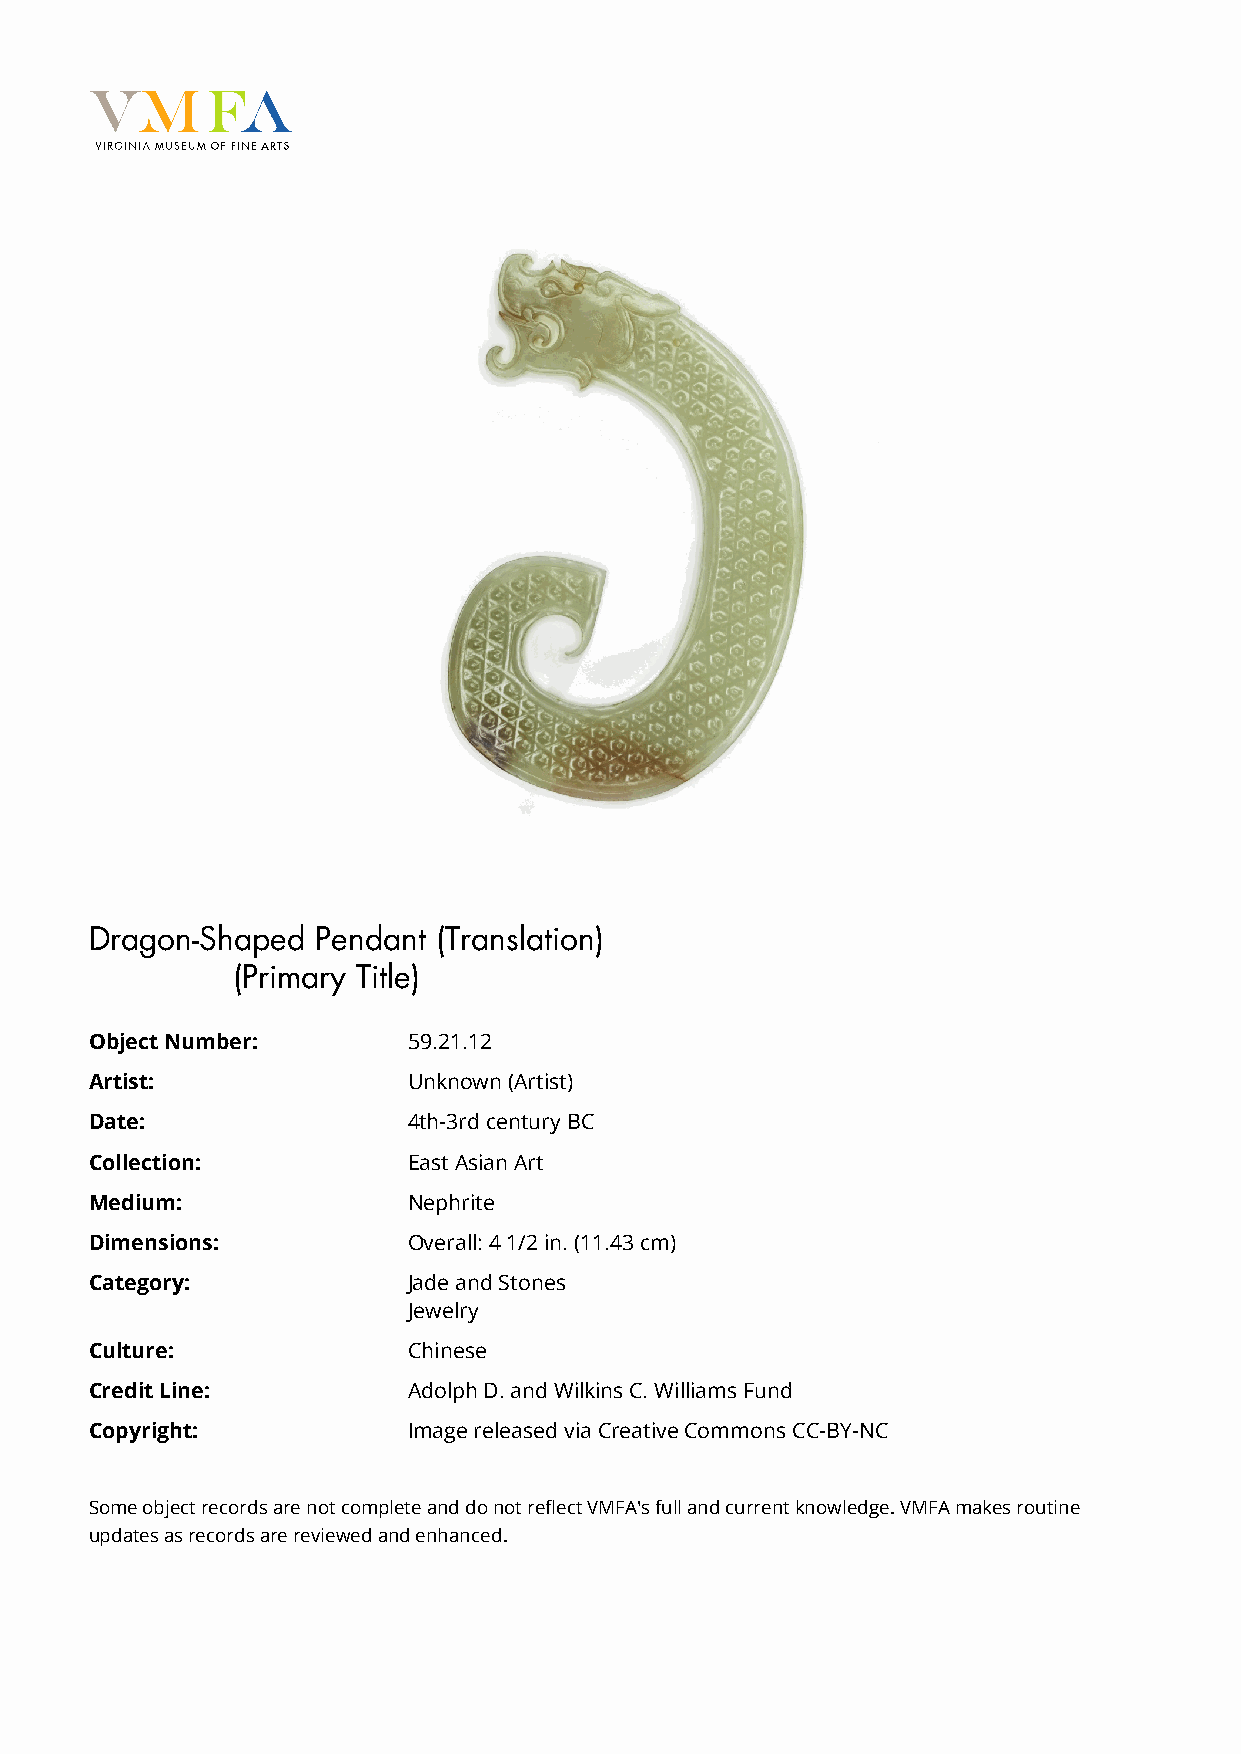
Dragon-Shaped  Pendant (Translation)
 东周   玉龍  (Primary Title)
 Object Number:       59.21.12
 Artist:              Unknown (Artist)
 Date:                4th-3rd century BC
 Collection:          East Asian Art
 Medium:              Nephrite
 Dimensions:          Overall: 4 1/2 in. (11.43 cm)
 Category:            Jade and Stones
 Jewelry
 Culture:             Chinese
 Credit Line:         Adolph D. and Wilkins C. Williams Fund
 Copyright:           Image released via Creative Commons CC-BY-NC
 Some object records are not complete and do not reflect VMFA's full and current knowledge. VMFA makes routine
 updates as records are reviewed and enhanced.